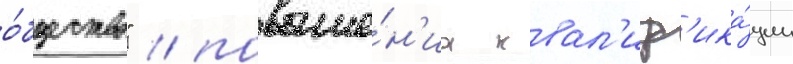
о́бщество" / повыше́н'иа квал'иф'ика́ции